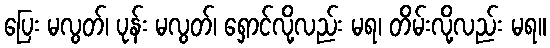
ပြေး မလွတ်၊ ပုန်း မလွတ်၊ ရှောင်လို့လည်း မရ၊ တိမ်းလို့လည်း မရ။